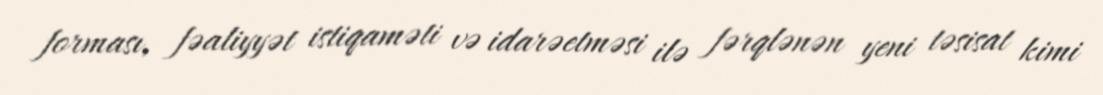
forması, fəaliyyət istiqaməti və idarəetməsi ilə fərqlənən yeni təsisat kimi